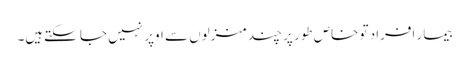
بیمار افراد تو خاص طور پر چند منزلوں سے اوپر نہیں جا سکتےہیں۔